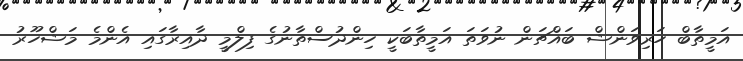
އަމީތާބް ހަރިވަންޝް ބައްޗަން ނުވަތަ އަމީތާބަކީ ހިންދުސްތާނުގެ ފިލްމީ ދާއިރާގައި އެންމެ މަޝްހޫރު